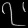
Digit: ၇